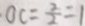
O C = \frac { 2 } { 2 } = 1